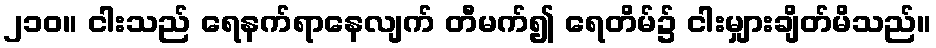
၂၁၀။ ငါးသည် ရေနက်ရာနေလျက် တီမက်၍ ရေတိမ်၌ ငါးမျှားချိတ်မိသည်။